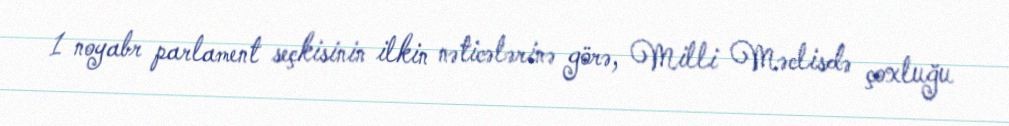
1 noyabr parlament seçkisinin ilkin nəticələrinə görə, Milli Məclisdə çoxluğu